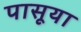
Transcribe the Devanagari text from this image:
पासूया